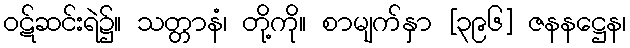
ဝဋ်ဆင်းရဲ၌။ သတ္တာနံ၊ တို့ကို။ စာမျက်နှာ [၃၉၆] ဇနနဋ္ဌေန၊